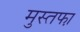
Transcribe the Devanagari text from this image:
मुस्तफा़